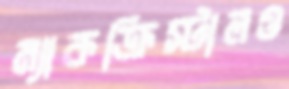
ম্যাকক্রিস্টালও